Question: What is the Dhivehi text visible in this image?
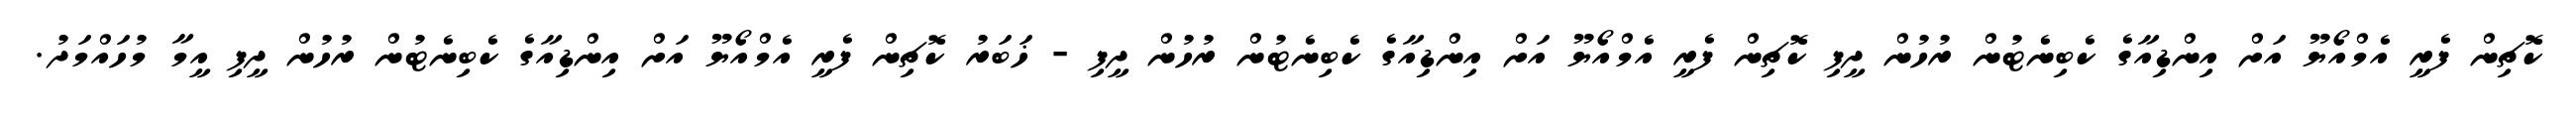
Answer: ކޮޗިން ފެރީ އެމްއޯޔޫ އަށް އިންޑިއާގެ ކެބިނެޓުން ރުހުން ދީފި ކޮޗިން ފެރީ އެމްއޯޔޫ އަށް އިންޑިއާގެ ކެބިނެޓުން ރުހުން ދީފި - ޚަބަރު ކޮޗިން ފެރީ އެމްއޯޔޫ އަށް އިންޑިއާގެ ކެބިނެޓުން ރުހުން ދީފި އީމާ މުހައްމަދު.